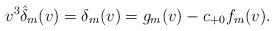
\begin{align*} v^3\hat{\delta}_m(v)=\delta_m(v)=g_m(v)-c_{+0}f_m(v).\end{align*}